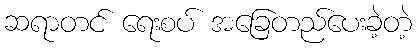
ဆရာတင် ရေးစပ် အခြေတည်ပေးခဲ့တဲ့